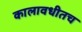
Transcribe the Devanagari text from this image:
कालावधीतच